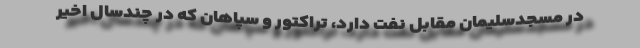
در مسجدسلیمان مقابل نفت دارد، تراکتور و سپاهان که در چندسال اخیر